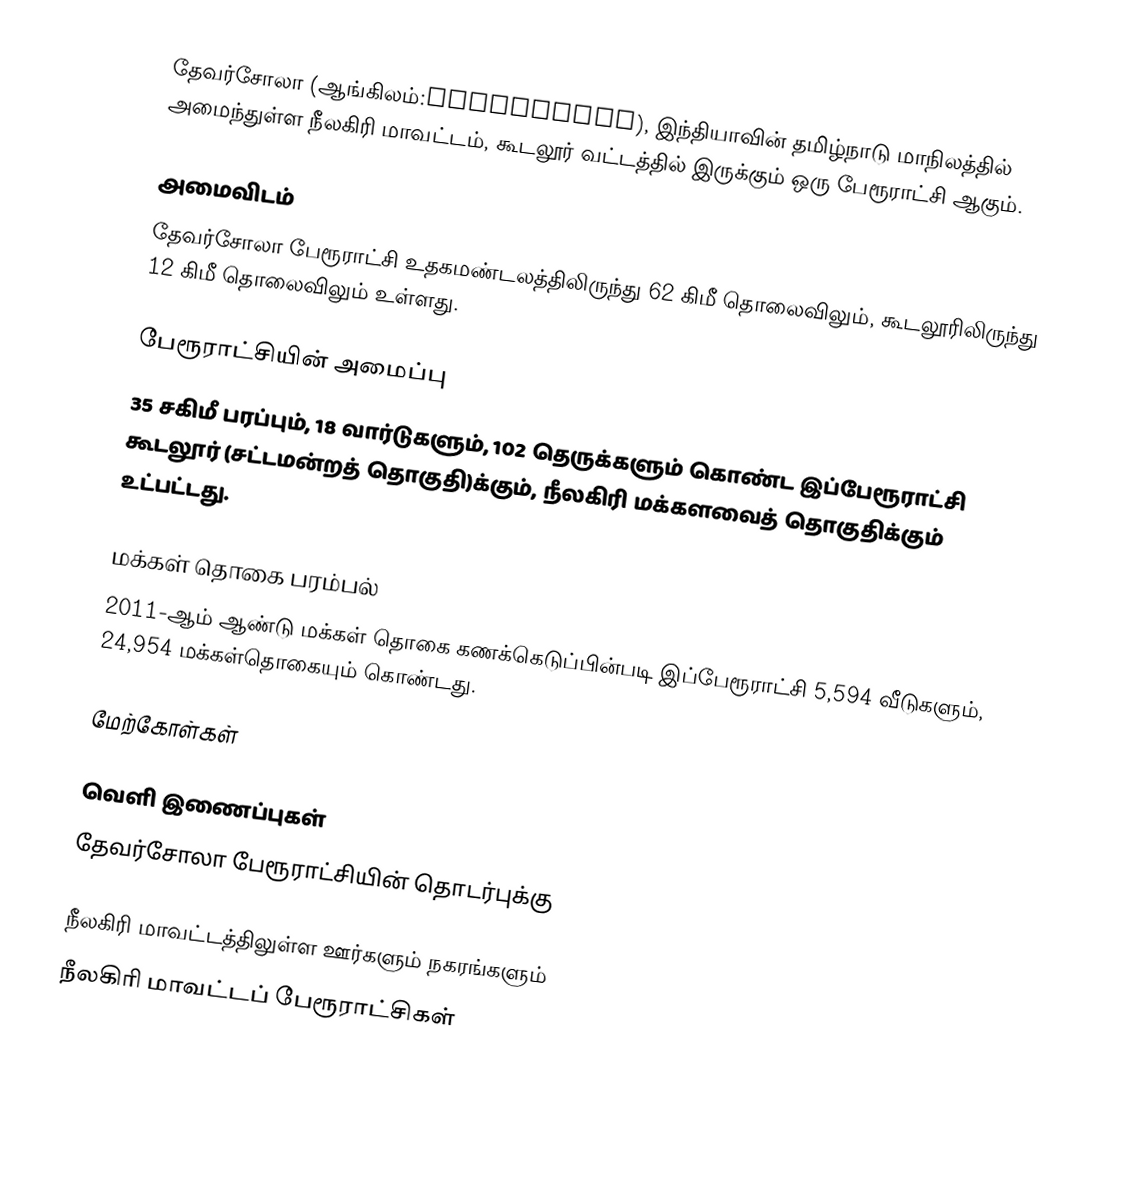
தேவர்சோலா (ஆங்கிலம்:Devarshola), இந்தியாவின் தமிழ்நாடு மாநிலத்தில் அமைந்துள்ள நீலகிரி மாவட்டம், கூடலூர் வட்டத்தில் இருக்கும் ஒரு பேரூராட்சி ஆகும்.

அமைவிடம்
தேவர்சோலா பேரூராட்சி உதகமண்டலத்திலிருந்து 62 கிமீ தொலைவிலும், கூடலூரிலிருந்து 12 கிமீ தொலைவிலும் உள்ளது.

பேரூராட்சியின் அமைப்பு
35  சகிமீ பரப்பும், 18  வார்டுகளும், 102 தெருக்களும்  கொண்ட இப்பேரூராட்சி  கூடலூர் (சட்டமன்றத் தொகுதி)க்கும், நீலகிரி மக்களவைத் தொகுதிக்கும் உட்பட்டது.

மக்கள் தொகை பரம்பல்
2011-ஆம் ஆண்டு மக்கள் தொகை கணக்கெடுப்பின்படி  இப்பேரூராட்சி 5,594  வீடுகளும்,  24,954  மக்கள்தொகையும் கொண்டது.

மேற்கோள்கள்

வெளி இணைப்புகள்
 தேவர்சோலா பேரூராட்சியின் தொடர்புக்கு

நீலகிரி மாவட்டத்திலுள்ள ஊர்களும் நகரங்களும்
நீலகிரி மாவட்டப் பேரூராட்சிகள்